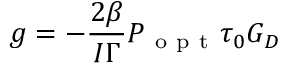
g = - \frac { 2 \beta } { I \Gamma } P _ { \mathrm { ~ o ~ p ~ t ~ } } \tau _ { 0 } G _ { D }